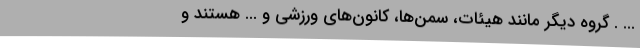
... . گروه دیگر مانند هیئات، سمن‌ها، کانون‌های ورزشی و ... هستند و